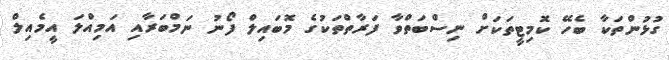
ގުޅުންތަކާ ބެހޭ ކޮމިޓީތަކަށް ނިސްބަތްވާ ފަރާތްތަކުގެ މޮބައިލް ފޯނު ނަމްބަރާއި އަމިއްލަ އީމެއިލް